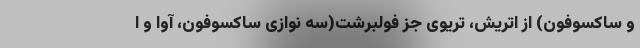
و ساکسوفون) از اتریش، تریوی جز فولبرشت(سه نوازی ساکسوفون، آوا و ا